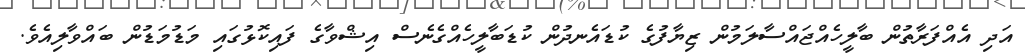
އަދި އެއްފަރާތުން ބާލީހެއްޖައްސާލަމުން ޒިޔާފުގެ ކުޑައެނދުން ކުޑަބާލީހެއްގެނެސް އިޝްވާގެ ފައިކޮޅުގައި މަޑުމަޑުން ބައްވާލިއެވެ.